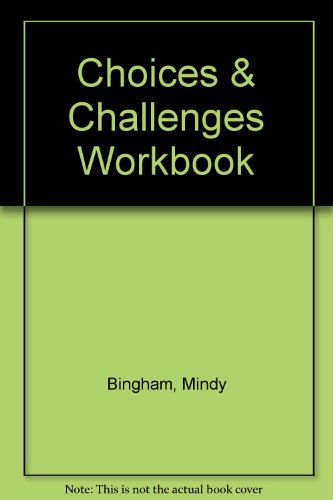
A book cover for Choices & Challenges Workbook; Mindy Bingham; Teen & Young Adult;